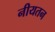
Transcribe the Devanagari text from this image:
नीयतन